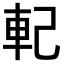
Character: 𨊲